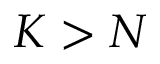
K > N